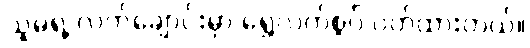
သူမရဲ့ လက်ချောင်းမှာ ရွှေလက်စွပ် ဝတ်ထားတယ်။